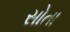
સોતા